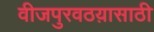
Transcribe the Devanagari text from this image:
वीजपुरवठय़ासाठी